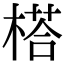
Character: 榙